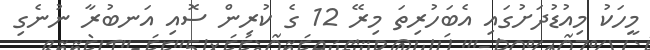
މީހަކު މިއުޑުދަށުގައި އެބަހުރިތަ މިރޭ 12 ގެ ކުރިން ސޮއި އަނބުރާ ނުނެގި